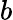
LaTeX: \textit{b}